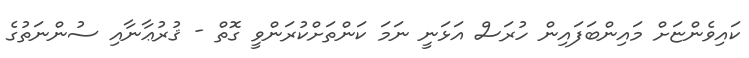
ކައިވެންޏަށް މައިންބަފައިން ހުރަސް އަޅަނީ ނަމަ ކަންތަށްކުރަންވީ ގޮތް - ޤުރުޢާނާއި ސުންނަތުގެ